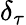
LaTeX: \delta_{\tau}